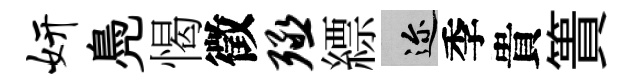
妍鳧愒徵殛縹邇季貴簣